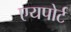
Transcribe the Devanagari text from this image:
एयपोर्ट